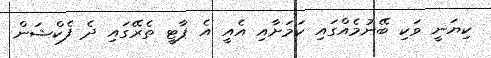
ކިޔަނީ ވަކި ބޭނުމެއްގައި ކަމަށާއި އެއީ އެ ޕާޓީ ތެރޭގައި ދެ ފެކްޝަން